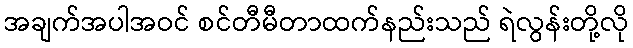
အချက်အပါအဝင် စင်တီမီတာထက်နည်းသည် ရဲလွန်းတို့လို